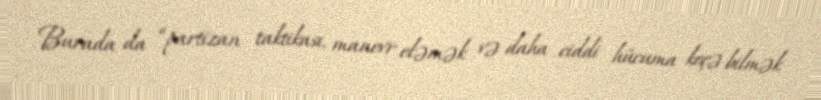
Burada da “partizan taktikası, manevr eləmək və daha ciddi hücuma keçə bilmək